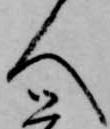
人